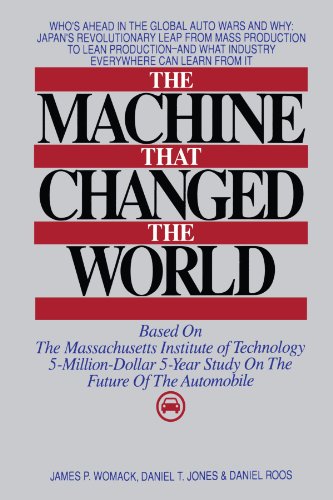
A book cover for The Machine That Changed the World : Based on the Massachusetts Institute of Technology 5-Million-Dollar 5-Year Study on the Future of the Automobile; James P. Womack; Business & Money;